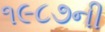
૧૯૮૭ની